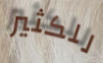
للكثير